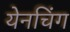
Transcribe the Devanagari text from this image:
येनचिंग